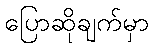
ပြောဆိုချက်မှာ